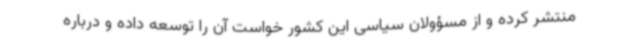
منتشر کرده و از مسؤولان سیاسی این کشور خواست آن را توسعه داده و درباره